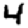
Digit: 4